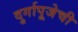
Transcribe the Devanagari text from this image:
दुर्गापूजेची